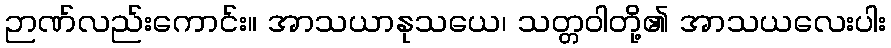
ဉာဏ်လည်းကောင်း။ အာသယာနုသယေ၊ သတ္တဝါတို့၏ အာသယလေးပါး